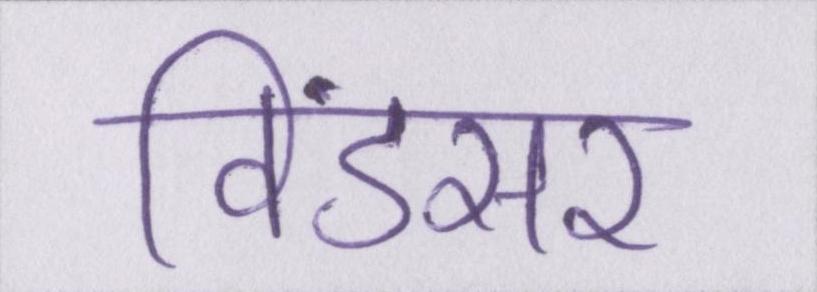
विंडसर